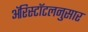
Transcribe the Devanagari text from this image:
ॲरिस्टॉटलनुसार